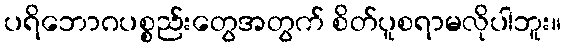
ပရိဘောဂပစ္စည်းတွေအတွက် စိတ်ပူစရာမလိုပါဘူး။